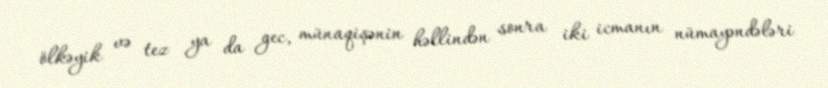
ölkəyik və tez ya da gec, münaqişənin həllindən sonra iki icmanın nümayəndələri